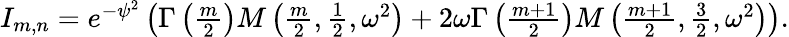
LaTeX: \begin{array}{r}{I_{m,n}=e^{-\psi^{2}}\left(\Gamma\left(\frac{m}{2}\right)M\left(\frac{m}{2},\frac{1}{2},\omega^{2}\right)+2\omega\Gamma\left(\frac{m+1}{2}\right)M\left(\frac{m+1}{2},\frac{3}{2},\omega^{2}\right)\right).}\end{array}